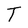
Character: T